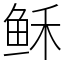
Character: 稣